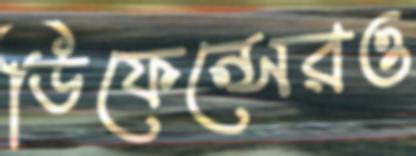
ডিফেন্সেরও